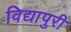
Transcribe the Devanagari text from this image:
विद्यापुरी